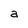
Character: a